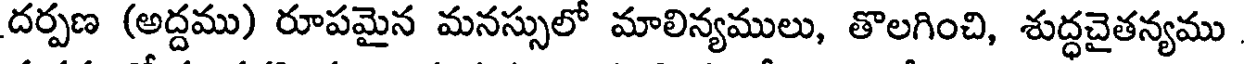
దర్పణ (అద్దము) రూపమైన మనస్సులో మాలిన్యములు, తొలగించి, శుద్ధచైతన్యము